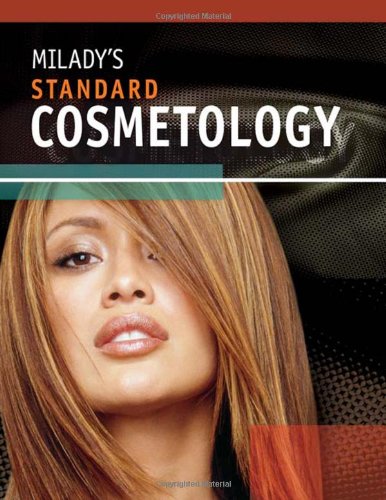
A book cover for Milady's Standard Cosmetology 2008; Milady; Business & Money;